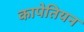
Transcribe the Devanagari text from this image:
कापेतियन